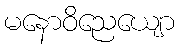
မနောဝိညေယျော